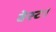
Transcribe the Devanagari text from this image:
वेस्ट।